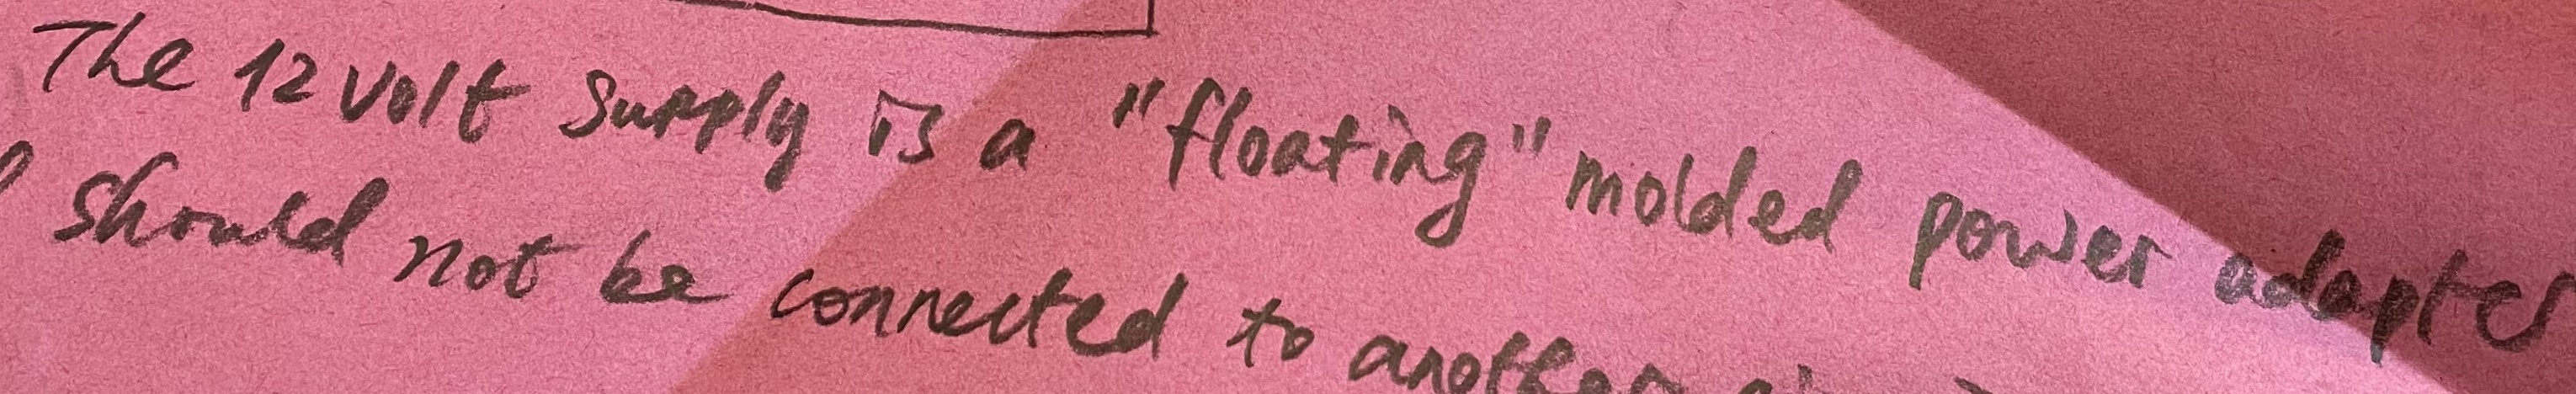
Text: The12 volt supply is a "floating" molded power adapter